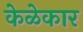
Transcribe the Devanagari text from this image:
केळेकार